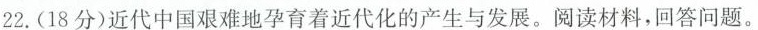
22.(18分)近代中国艰难地孕育着近代化的产生与发展。阅读材料，回答问题。